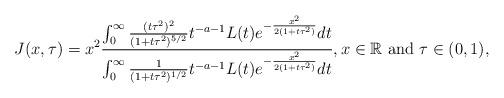
LaTeX: \begin{align*} J(x,\tau)=x^2 \frac{\int_{0}^{\infty}\frac{(t\tau^2)^2}{(1+t\tau^2)^{5/2}}t^{-a-1}L(t)e^{-\frac{x^2}{2(1+t\tau^2)}}dt}{\int_{0}^{\infty}\frac{1}{(1+t\tau^2)^{1/2}}t^{-a-1}L(t)e^{-\frac{x^2}{2(1+t\tau^2)}}dt}, x\in\mathbb{R} \mbox{ and } \tau\in(0,1), \end{align*}